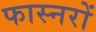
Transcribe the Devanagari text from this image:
फास्नरों